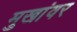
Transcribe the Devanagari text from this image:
मुखांवर